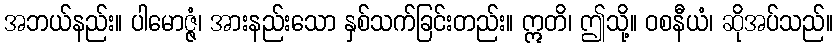
အဘယ်နည်း။ ပါမောဇ္ဇံ၊ အားနည်းသော နှစ်သက်ခြင်းတည်း။ ဣတိ၊ ဤသို့။ ဝစနီယံ၊ ဆိုအပ်သည်။